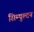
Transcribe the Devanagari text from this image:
सिम्पुल्टन